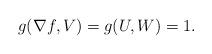
LaTeX: \begin{align*}g(\nabla f, V)= g(U,W)=1.\end{align*}